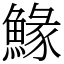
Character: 䱲